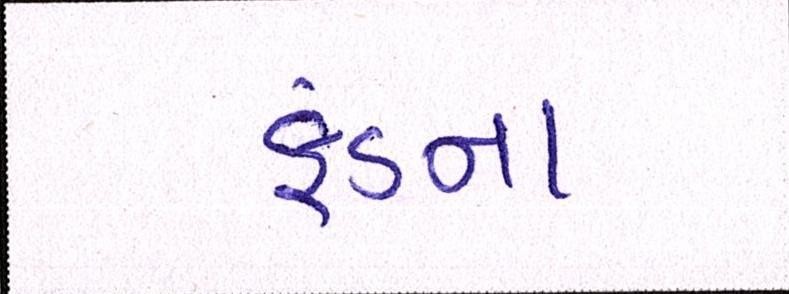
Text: ફંડના